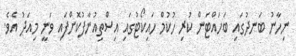
ނިހާނު ބަނދުގައި ބަހައްޓަން ކުރި ހުކުމް ހައިކޯޓުގައި އިސްތިއުނާފުކޮށްފައި ވަނީ މިއަދު އެވެ.